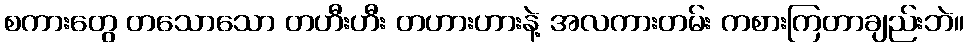
စကားတွေ တသောသော တဟီးဟီး တဟားဟားနဲ့ အလကားတမ်း ကစားကြတာချည်းဘဲ။